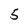
Character: 5